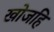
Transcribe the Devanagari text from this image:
खोजहि